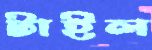
টাইল